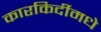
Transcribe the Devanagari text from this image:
कारकिर्दीमधे